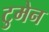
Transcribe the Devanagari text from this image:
टुमेन